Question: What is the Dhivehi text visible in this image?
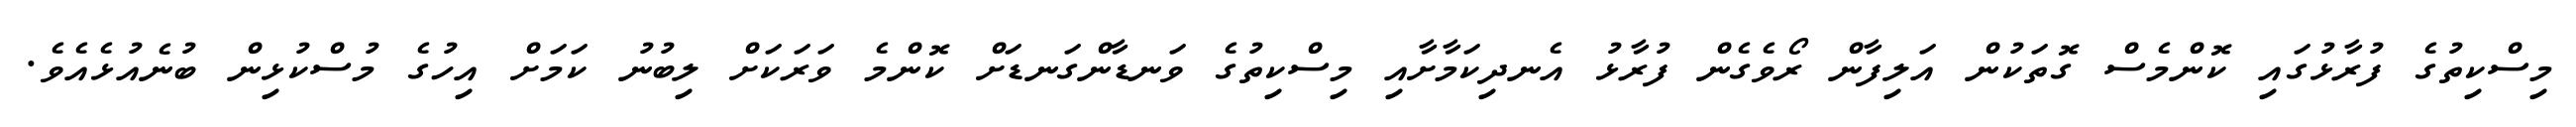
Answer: މިސްކިތުގެ ފުރާޅުގައި ކޮންމެސް ގޮތަކުން އަލިފާން ރޯވެގެން ފުރާޅު އެނދިކަމާށާއި މިސްކިތުގެ ވަނޑާންގަނޑަށް ކޮންމެ ވަރަކަށް ލިބުނު ކަމަށް އިހުގެ މުސްކުޅިން ބުނެއުޅެއެވެ.